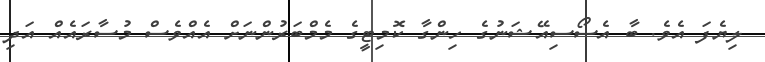
ލިޔެފަ އެވެ. ބާ އެސޯސިއޭޝަނުގެ ހިންގާ ކޮމިޓީގެ މެމްބަރުންނަށް އެއްވެސް މުސާރައެއް އަދި